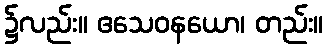
၌လည်း။ ဧသေဝနယော၊ တည်း။